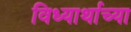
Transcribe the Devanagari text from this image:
विध्यार्थाच्या